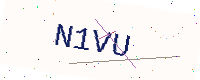
Text: N1VU